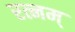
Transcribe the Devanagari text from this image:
रत्नम्‌